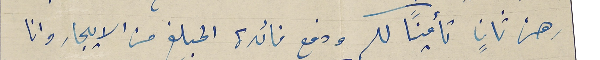
رهن ثانٍ تأمينًا لك ودفع فائدة المبلغ من الايجار وانا